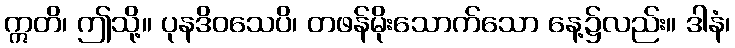
ဣတိ၊ ဤသို့။ ပုနဒိဝသေပိ၊ တဖန်မိုးသောက်သော နေ့၌လည်း။ ဒါနံ၊